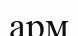
арм